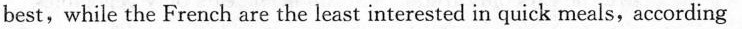
best,while the French are the least interested in quick meals,according